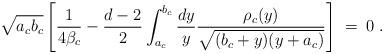
LaTeX: \begin{align*}\sqrt{a_cb_c}\left[ {1\over 4\beta_c}-{d-2\over 2}\int_{a_c}^{b_c} {dy\over y} {\rho_c(y)\over \sqrt{(b_c+y)(y+a_c)}}\right]\;=\;0\;.\end{align*}